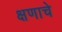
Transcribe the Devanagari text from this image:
क्षणाचे